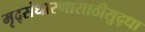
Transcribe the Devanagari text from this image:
मृद्संधारणासाठीसुद्धा